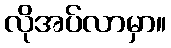
လိုအပ်လာမှာ။